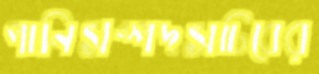
পানিসম্পদসচিবের